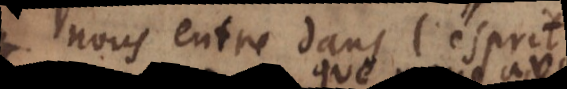
nous entre dans l’esprit